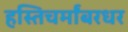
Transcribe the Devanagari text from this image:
हस्तिचर्मांबरधर